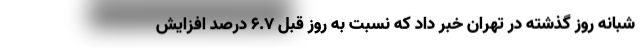
شبانه روز گذشته در تهران خبر داد که نسبت به روز قبل ۶.۷ درصد افزایش